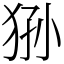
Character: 狲